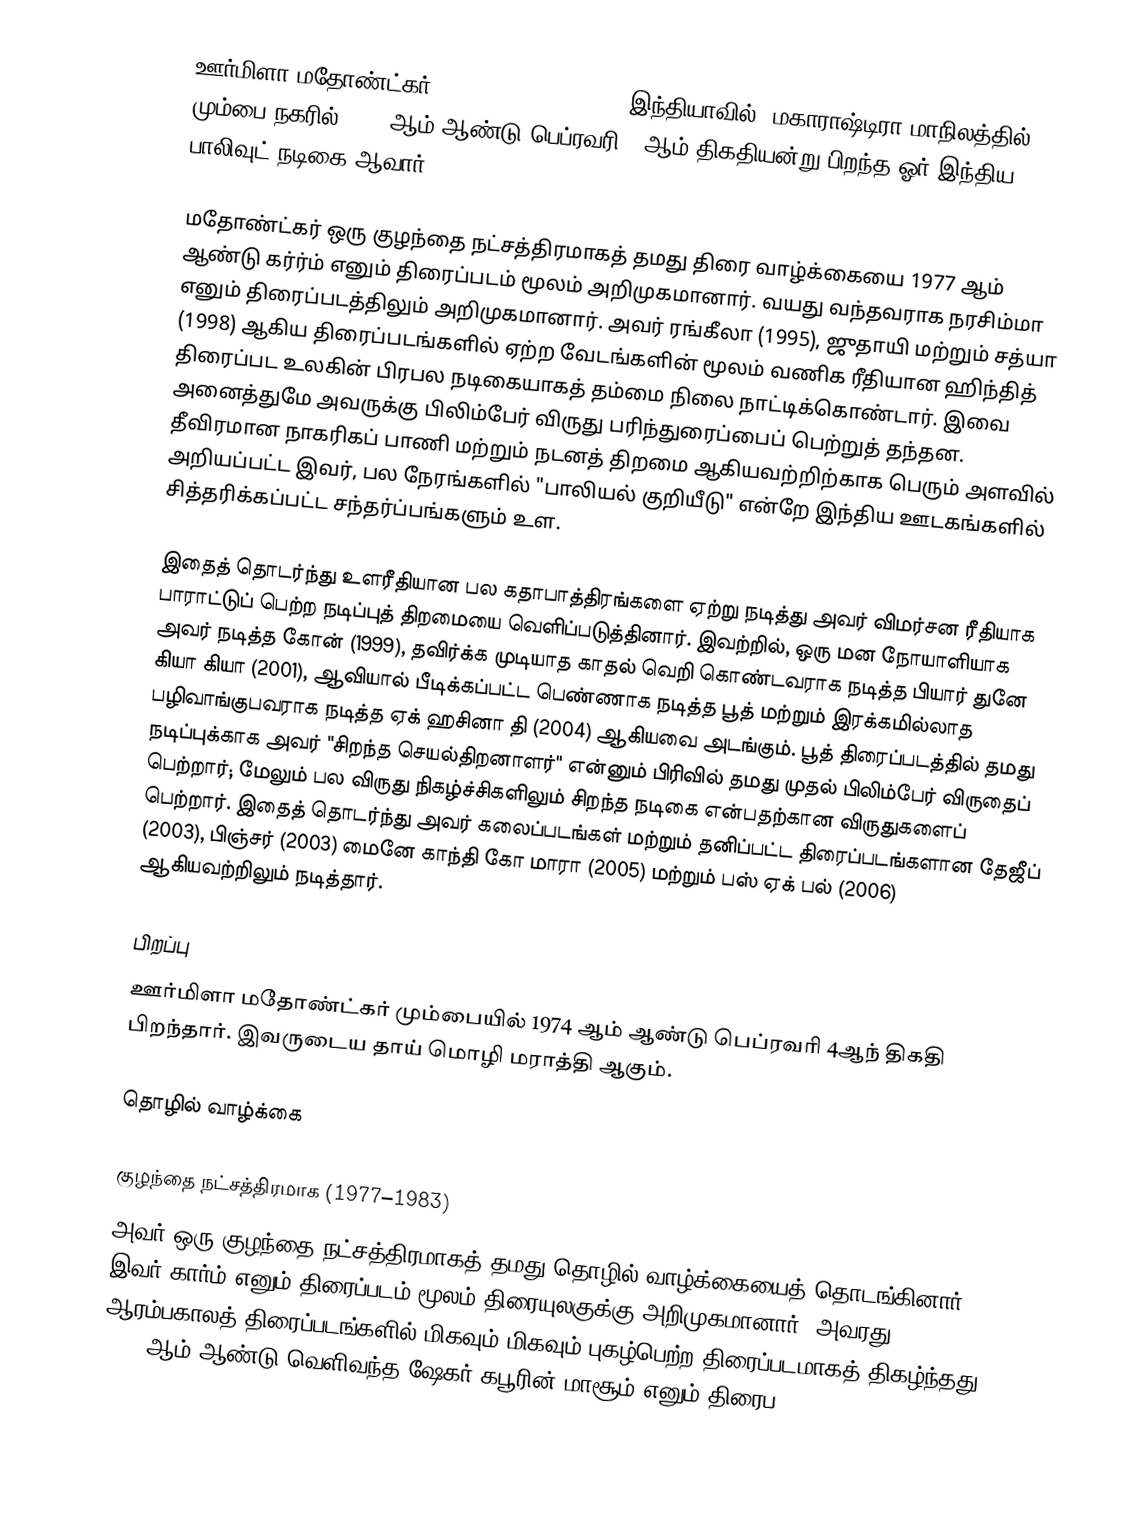
ஊர்மிளா மதோண்ட்கர் (Urmila Matondkar; ) (இந்தியாவில், மகாராஷ்டிரா மாநிலத்தில், மும்பை நகரில் 1974 ஆம் ஆண்டு பெப்ரவரி 4 ஆம் திகதியன்று பிறந்த ஓர் இந்திய பாலிவுட் நடிகை ஆவார்.

மதோண்ட்கர் ஒரு குழந்தை நட்சத்திரமாகத் தமது திரை வாழ்க்கையை 1977 ஆம் ஆண்டு கர்ர்ம் எனும் திரைப்படம் மூலம் அறிமுகமானார். வயது வந்தவராக நரசிம்மா  எனும் திரைப்படத்திலும் அறிமுகமானார். அவர் ரங்கீலா (1995), ஜுதாயி  மற்றும் சத்யா (1998) ஆகிய திரைப்படங்களில் ஏற்ற வேடங்களின் மூலம் வணிக ரீதியான ஹிந்தித் திரைப்பட உலகின் பிரபல நடிகையாகத் தம்மை நிலை நாட்டிக்கொண்டார். இவை அனைத்துமே அவருக்கு பிலிம்பேர் விருது பரிந்துரைப்பைப் பெற்றுத் தந்தன. தீவிரமான நாகரிகப் பாணி மற்றும் நடனத் திறமை ஆகியவற்றிற்காக பெரும் அளவில் அறியப்பட்ட இவர், பல நேரங்களில் "பாலியல் குறியீடு" என்றே இந்திய ஊடகங்களில் சித்தரிக்கப்பட்ட சந்தர்ப்பங்களும் உள.

இதைத் தொடர்ந்து உளரீதியான பல கதாபாத்திரங்களை ஏற்று நடித்து அவர் விமர்சன ரீதியாக பாராட்டுப் பெற்ற நடிப்புத் திறமையை வெளிப்படுத்தினார். இவற்றில், ஒரு மன நோயாளியாக அவர் நடித்த கோன் (1999), தவிர்க்க முடியாத காதல் வெறி கொண்டவராக நடித்த பியார் துனே கியா கியா (2001), ஆவியால் பீடிக்கப்பட்ட பெண்ணாக நடித்த பூத்  மற்றும் இரக்கமில்லாத பழிவாங்குபவராக நடித்த ஏக் ஹசினா தி (2004) ஆகியவை அடங்கும். பூத்  திரைப்படத்தில் தமது நடிப்புக்காக அவர் "சிறந்த செயல்திறனாளர்" என்னும் பிரிவில் தமது முதல் பிலிம்பேர் விருதைப் பெற்றார்; மேலும் பல விருது நிகழ்ச்சிகளிலும் சிறந்த நடிகை என்பதற்கான விருதுகளைப் பெற்றார். இதைத் தொடர்ந்து அவர் கலைப்படங்கள் மற்றும் தனிப்பட்ட திரைப்படங்களான தேஜீப் (2003), பிஞ்சர் (2003) மைனே காந்தி கோ மாரா (2005) மற்றும் பஸ் ஏக் பல் (2006) ஆகியவற்றிலும் நடித்தார்.

பிறப்பு
ஊர்மிளா மதோண்ட்கர் மும்பையில் 1974 ஆம் ஆண்டு பெப்ரவரி 4ஆந் திகதி பிறந்தார். இவருடைய தாய் மொழி மராத்தி ஆகும்.

தொழில் வாழ்க்கை

குழந்தை நட்சத்திரமாக (1977–1983)
அவர் ஒரு குழந்தை நட்சத்திரமாகத் தமது தொழில் வாழ்க்கையைத் தொடங்கினார். இவர் கார்ம் எனும் திரைப்படம் மூலம் திரையுலகுக்கு அறிமுகமானார். அவரது ஆரம்பகாலத் திரைப்படங்களில் மிகவும் மிகவும் புகழ்பெற்ற திரைப்படமாகத் திகழ்ந்தது 1983 ஆம் ஆண்டு வெளிவந்த ஷேகர் கபூரின் மாசூம் எனும் திரைப